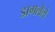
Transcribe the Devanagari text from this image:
डागलेले